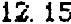
12.15